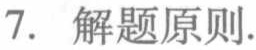
7. 解题原则.